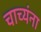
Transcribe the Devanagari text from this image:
चाच्यंना